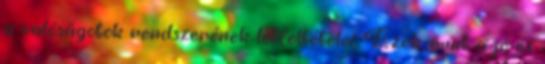
a valóságotok rendszerének létfeltételei. Ezek, mint a jó és